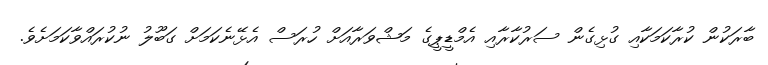
ބާރަކުން ކުރާކަމަކާއި ގުޅިގެން ސަރުކާރާއި އެމްޑީޕީގެ މަޝްވަރާއަށް ހުރަސް އެޅޭނެކަމަށް ގަބޫލު ނުކުރައްވާކަމަށެވެ.